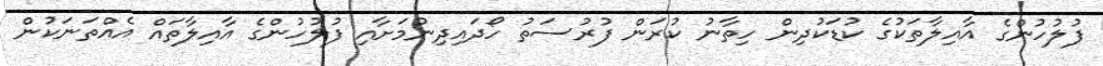
ފުލުހުންގެ އާއިލާތަކުގެ ކުޑަކުދިން ހިތާނު ކުރަން ފުރުސަތު ހޯދައިދިނުމަށާއި ފުލުހުންގެ އާއިލާތައް އެއްތަނަކުން